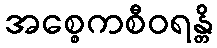
အစ္စေကစီဝရန္တိ